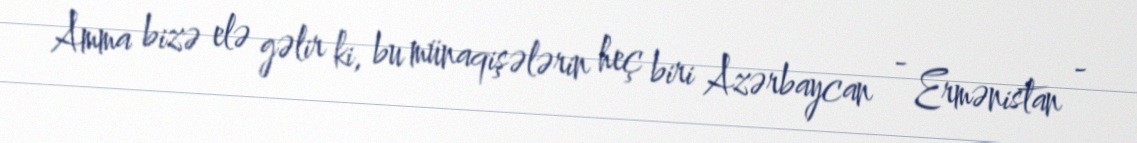
Amma bizə elə gəlir ki, bu münaqişələrin heç biri Azərbaycan - Ermənistan -